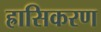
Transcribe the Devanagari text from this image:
ह्रासिकरण